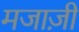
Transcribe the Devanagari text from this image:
मजाज़ी